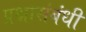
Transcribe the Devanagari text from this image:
प्रश्नासंबंधी